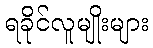
ရခိုင်လူမျိုးများ